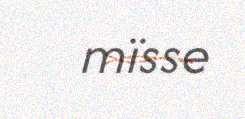
mïsse